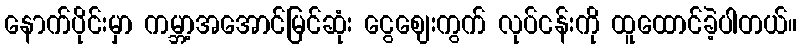
နောက်ပိုင်းမှာ ကမ္ဘာ့အအောင်မြင်ဆုံး ငွေဈေးကွက် လုပ်ငန်းကို ထူထောင်ခဲ့ပါတယ်။